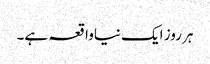
ہر روز ایک نیاواقعہ ہے۔